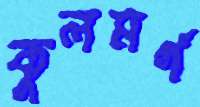
কুলমর্গ